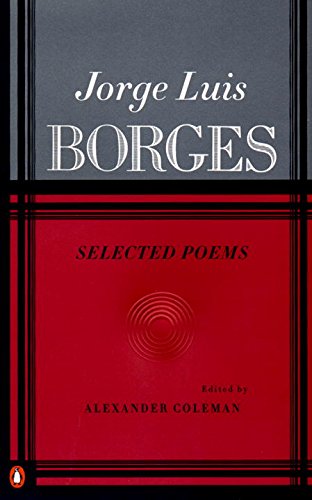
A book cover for Borges: Selected Poems; Jorge Luis Borges; Literature & Fiction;